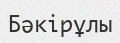
Бәкірұлы